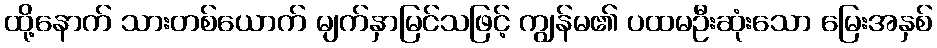
ထို့နောက် သားတစ်ယောက် မျက်နှာမြင်သဖြင့် ကျွန်မ၏ ပထမဦးဆုံးသော မြေးအနှစ်